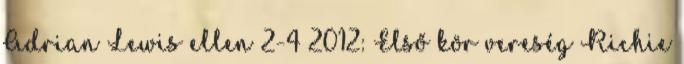
Adrian Lewis ellen 2-4 2012: Első kör vereség Richie